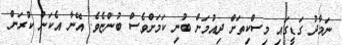
ނަމާދު ގަޑީގައި މިސްކިތަށް ދިއުމަށް ބުނި ކަމަށްވެސް ބުންޏެވެ. އޭނާ އެކަން ކުރަން